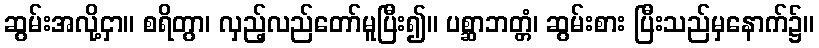
ဆွမ်းအလို့ငှာ။ စရိတွာ၊ လှည့်လည်တော်မူပြီး၍။ ပစ္ဆာဘတ္တံ၊ ဆွမ်းစား ပြီးသည်မှနောက်၌။